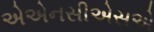
એએનસીએસએ